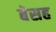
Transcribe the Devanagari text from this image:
बेसह